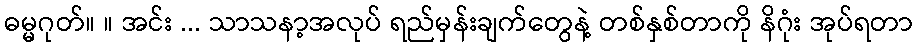
ဓမ္မဂုတ်။ ။ အင်း ... သာသနာ့အလုပ် ရည်မှန်းချက်တွေနဲ့ တစ်နှစ်တာကို နိဂုံး အုပ်ရတာ